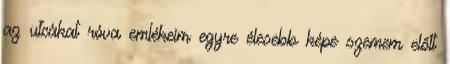
az utcákat róva emlékeim egyre élesebb képe szemem előtt